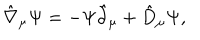
\hat { \nabla } _ { \mu } \Psi = - \Psi \hat { \partial } _ { \mu } + \hat { D } _ { \mu } \Psi ,